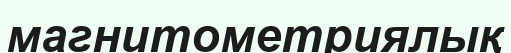
магнитометриялық